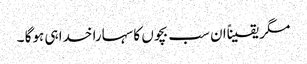
مگر یقیناًان سب بچوں کا سہارا خدا ہی ہوگا ۔